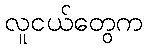
လူငယ်တွေက